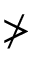
\ngtr